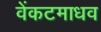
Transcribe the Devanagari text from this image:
वेंकटमाधव